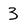
Character: 3